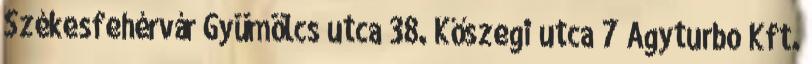
Székesfehérvár Gyümölcs utca 38. Kőszegi utca 7 Agyturbo Kft.